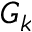
G _ { k }